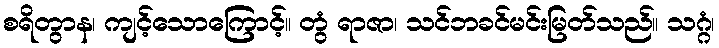
စရိတွာန၊ ကျင့်သောကြောင့်။ တွံ ရာဇာ၊ သင်ဘခင်မင်းမြတ်သည်။ သဂ္ဂံ၊